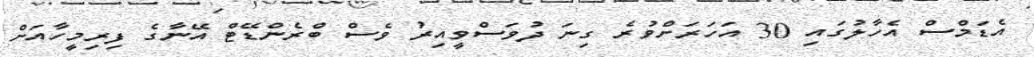
އެޑަމްސް އެހާލުގައި 30 އަހަރަށްވުރެ ގިނަ ދުވަސްވީއިރު ވެސް ބްރެންޑޭޓް އޭނާގެ ފިރިމީހާއަށް